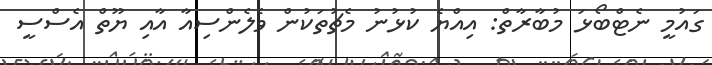
ގައުމީ ނެޓްބޯޅަ މުބާރާތް: އިއްޔެ ކުޅުނު މެޗުތަކުން ވެލެންސިއާ އާއި ޔޫތް އެސްސީ